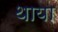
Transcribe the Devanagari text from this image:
थाया